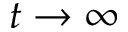
t \to \infty